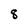
Character: 8